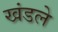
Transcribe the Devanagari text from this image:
खंडले